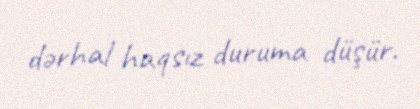
dərhal haqsız duruma düşür.